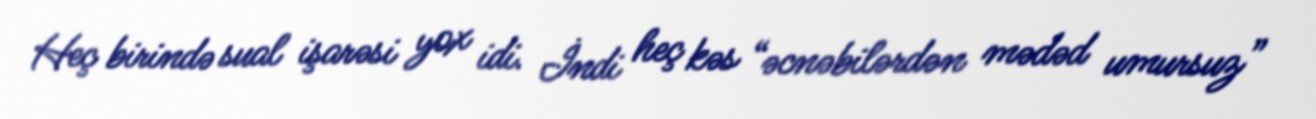
Heç birində sual işarəsi yox idi. İndi heç kəs “əcnəbilərdən mədəd umursuz”